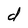
Character: d